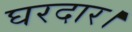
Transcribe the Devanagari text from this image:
घरदार।